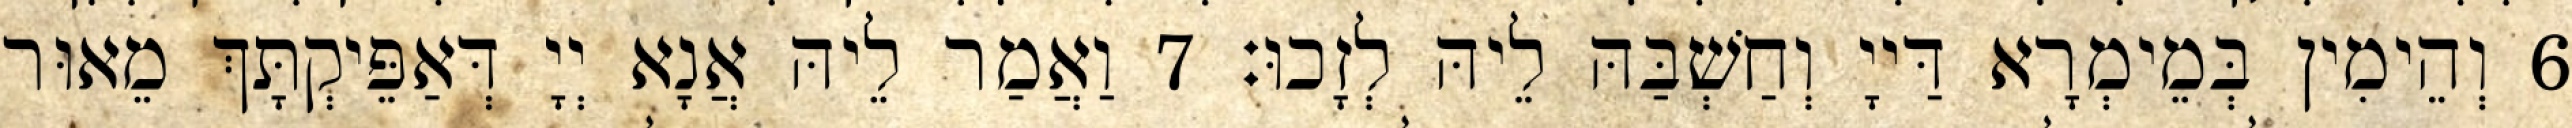
6 וְהֵימִין בְּמֵימְרָא דַּייָ וְחַשְׁבַּהּ לֵיהּ לְזָכוּ׃ 7 וַאֲמַר לֵיהּ אֲנָא יְיָ דְּאַפֵּיקְתָּךְ מֵאוּר